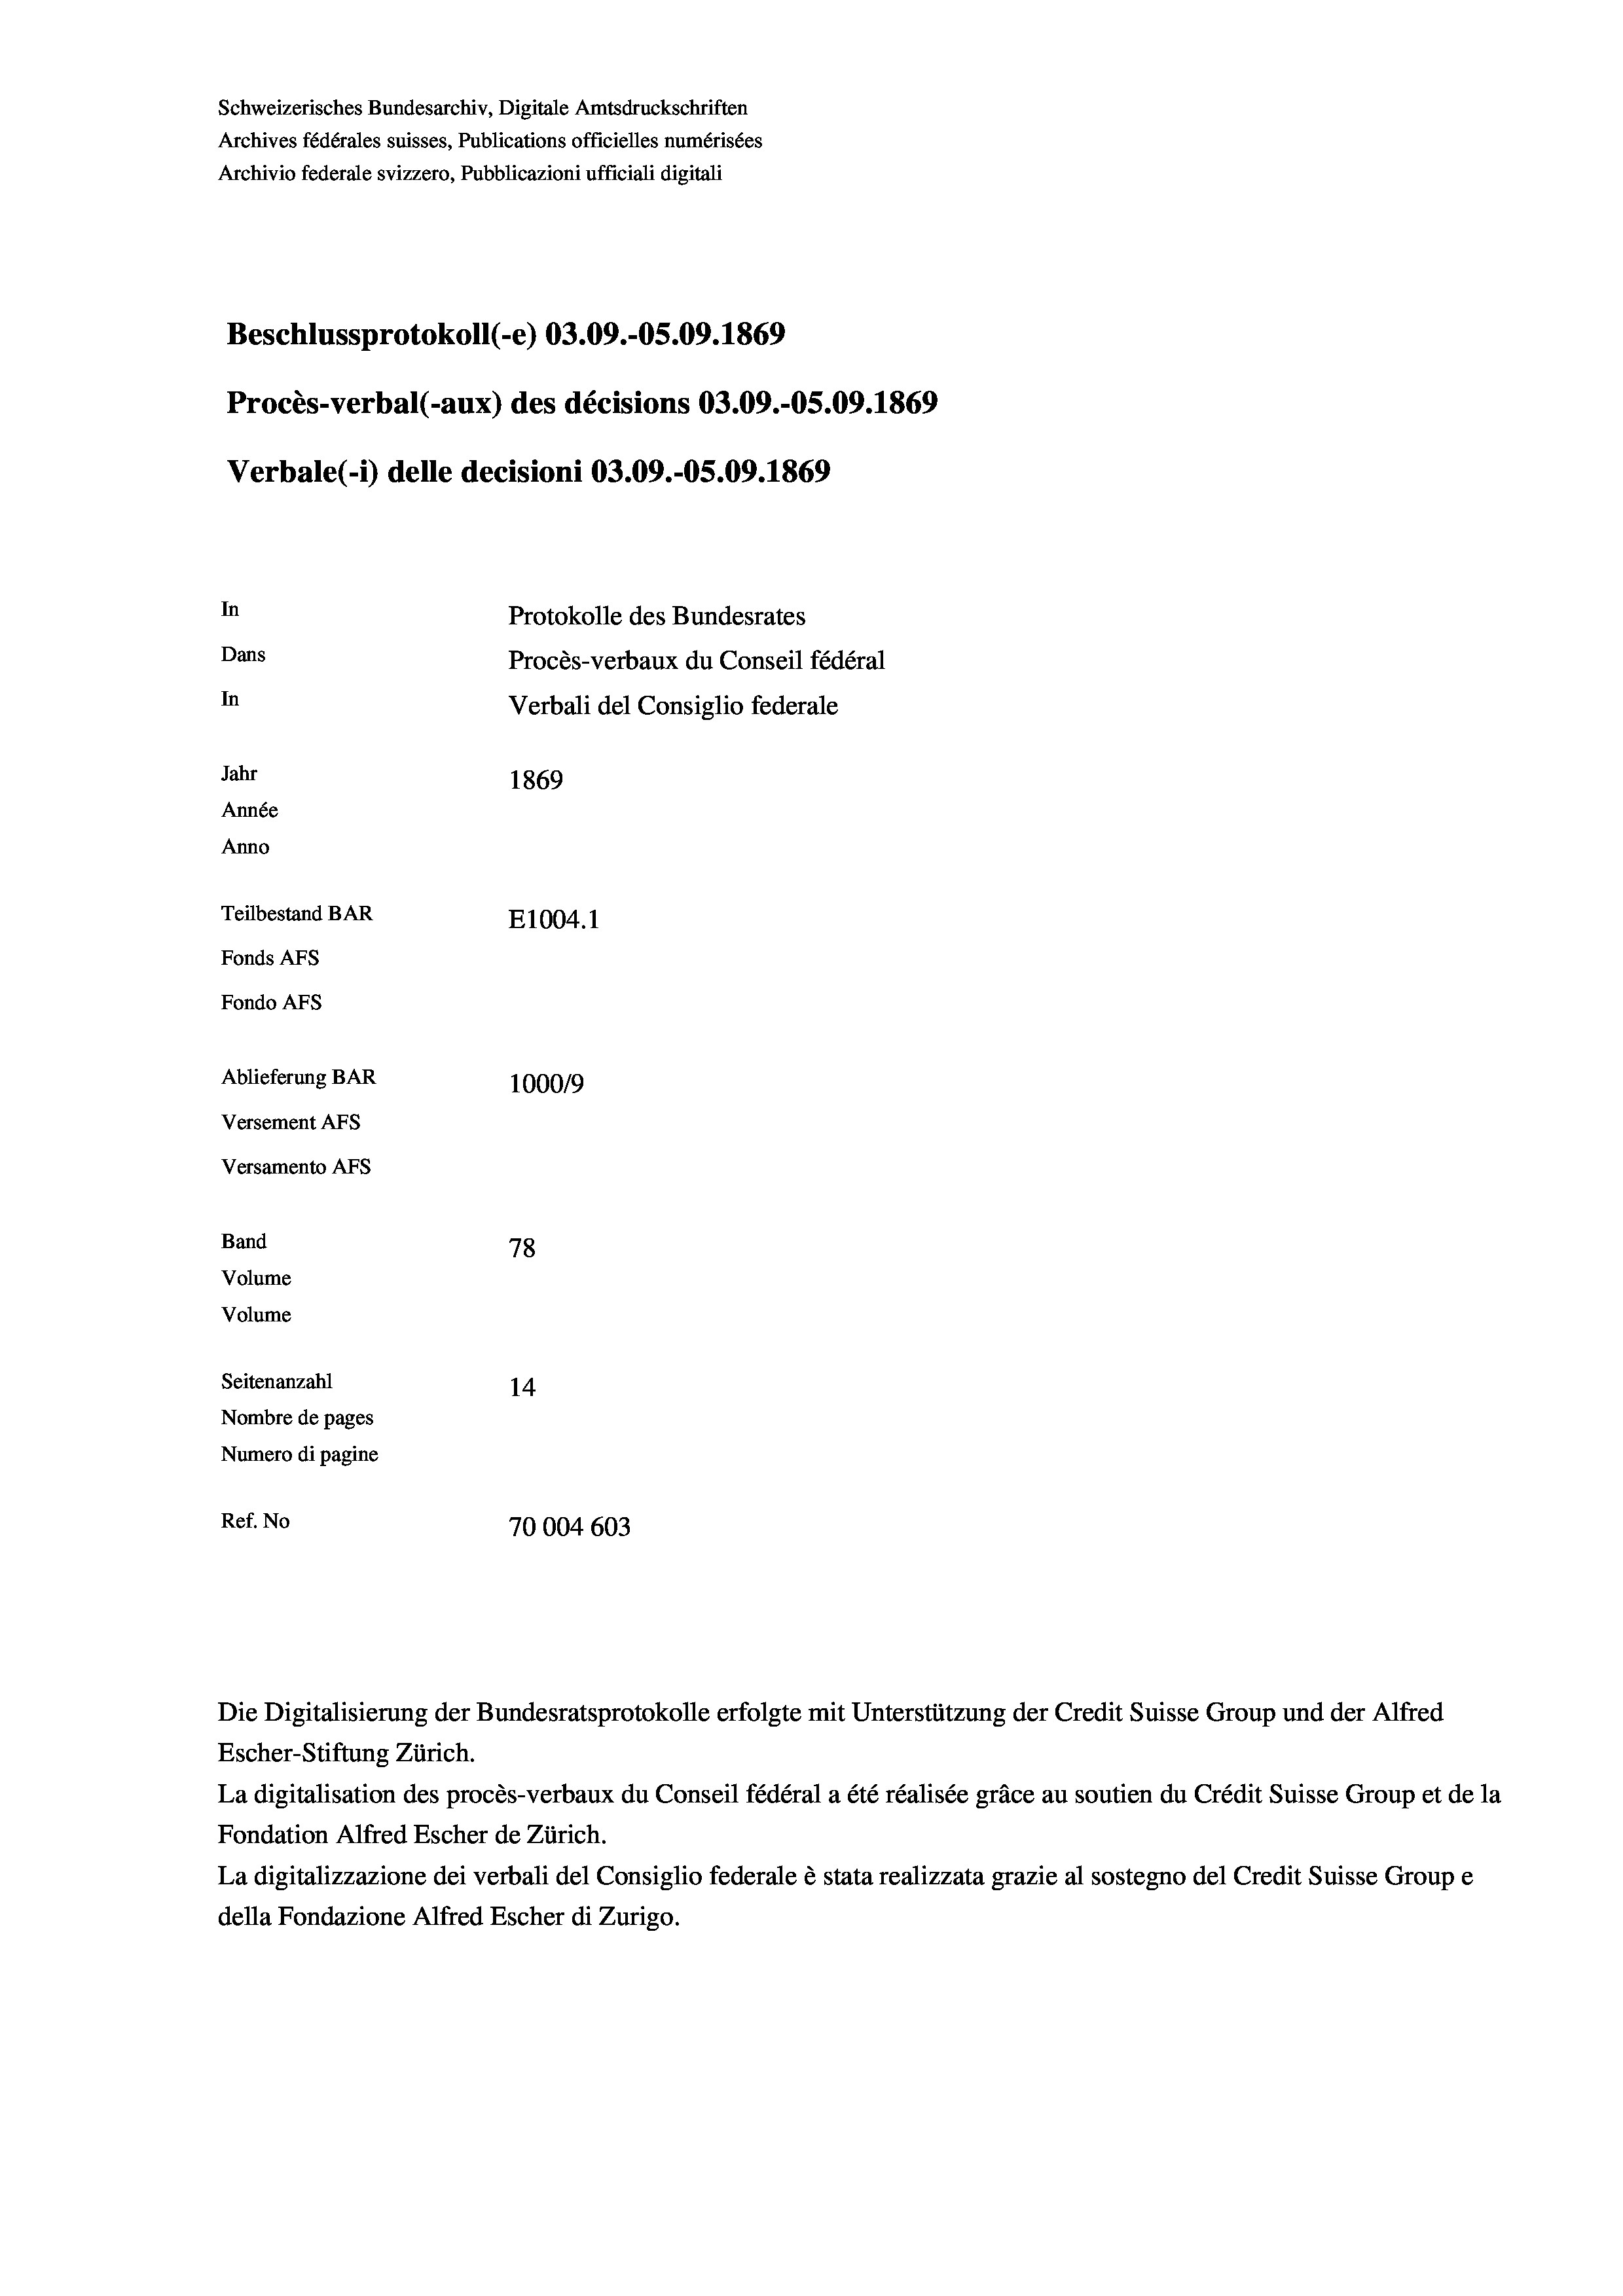
Schweizerisches Bundesarchiv, Digitale Amtsdruckschriften
Archives fédérales suisses, Publications officielles numérisées
Archivio federale svizzero, Pubblicazioni ufficiali digitali
Beschlussprotokoll (-e) 03.09.-05.09. 1869
Procès-verbal (-aux) des décisions 03.09.-05.09. 1869
Verbale(-*) delle decisioni 03.09.-05.09. 1869
In
Protokolle des Bundesrates
Dans
Procès-verbaux du Conseil fédéral
In
Verbali del Consiglio federale
Jahr
1869
Année
Anno
Teilbestand BAR
E1004.1
Fonds AFs
Fondo Afs
Ablieferung BAR
100019
Versement AFs
Versamento AFs
Band
78
Volume
Volume

Seitenanzahl
14
Nombre de pages
Numero di pagine
Ref. No
70004 603

Die Digitalisierung der Bundesratsprotokolle erfolgte mit Unterstützung der Credit Suisse Group und der Alfred

Escher-Stiftung Zürich.
La digitalisation des procès-verbaux du Conseil fédéral a été réalisée gräce au soutien du Crédit Suisse Group et de la
Fondation Alfred Escher de Zürich.
La digitalizzazione dei verbali del Consiglio federale è stata realizzata grazie al sostegno del Credit Suisse Groupe
della Fondazione Alfred Escher di Zurigo.